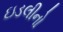
ઇડલીનો